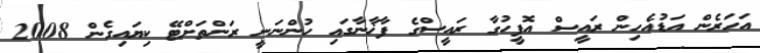
އަހަރެން އަޑުއެހިން ރައީސް އޮފީހުގާ ރައީސްގެ ފާޚާނާގައި ހުންނަނީ ރަންތަށްޓޭ ކިޔައިގެން 2008